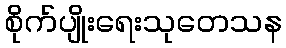
စိုက်ပျိုးရေးသုတေသန